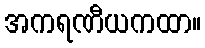
အကရဏီယကထာ။